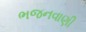
ભજનવાણી